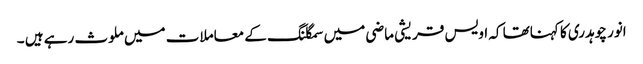
انور چوہدری کا کہناتھا کہ اویس قریشی ماضی میں سمگلنگ کے معاملات میں ملوث رہے ہیں ۔